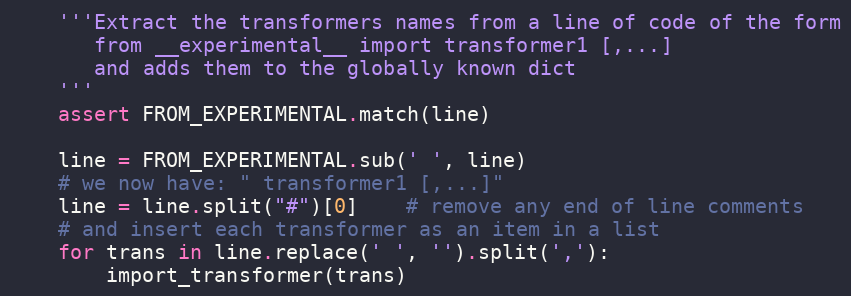
Language: Python
    '''Extract the transformers names from a line of code of the form
       from __experimental__ import transformer1 [,...]
       and adds them to the globally known dict
    '''
    assert FROM_EXPERIMENTAL.match(line)

    line = FROM_EXPERIMENTAL.sub(' ', line)
    # we now have: " transformer1 [,...]"
    line = line.split("#")[0]    # remove any end of line comments
    # and insert each transformer as an item in a list
    for trans in line.replace(' ', '').split(','):
        import_transformer(trans)